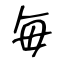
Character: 毎